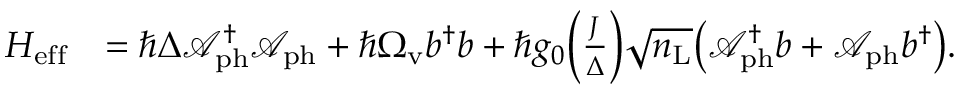
\begin{array} { r l } { H _ { \mathrm { e f f } } } & { = \hbar \Delta \mathcal { A } _ { \mathrm { p h } } ^ { \dagger } \mathcal { A } _ { \mathrm { p h } } + \hbar \Omega _ { \mathrm { v } } b ^ { \dagger } b + \hbar g _ { 0 } \bigg ( \frac { J } { \Delta } \bigg ) \sqrt { n _ { \mathrm { L } } } \big ( \mathcal { A } _ { \mathrm { p h } } ^ { \dagger } b + \mathcal { A } _ { \mathrm { p h } } b ^ { \dagger } \big ) . } \end{array}